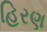
હિરણ